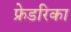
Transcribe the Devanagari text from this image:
फ्रेडरिका